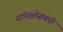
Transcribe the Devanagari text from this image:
सापेक्षतेसंबंधी